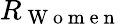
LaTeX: R_{\mathrm{~W~o~m~e~n~}}